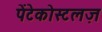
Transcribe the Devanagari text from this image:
पेंटेकोस्टलज़